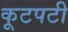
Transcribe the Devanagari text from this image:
कूटपटी